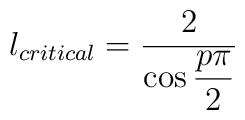
l_{critical}=\displaystyle\frac{2}{\cos \displaystyle\frac{p\pi }{2}}